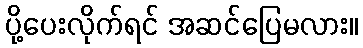
ပို့ပေးလိုက်ရင် အဆင်ပြေမလား။